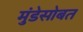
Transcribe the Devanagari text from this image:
मुंडेसोबत